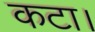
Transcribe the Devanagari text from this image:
कटा।